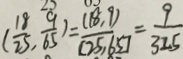
( \frac { 1 8 } { 2 5 } , \frac { 9 } { 6 5 } ) = \frac { ( 1 8 . 9 ) } { [ 2 5 , 6 5 ] } = \frac { 9 } { 3 2 . 5 }